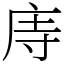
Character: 庤